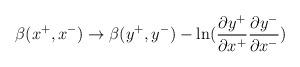
LaTeX: \begin{align*}\beta(x^{+}, x^{-}) \rightarrow \beta(y^{+}, y^{-}) -\ln ({\partial y^{+} \over\partial x^{+}} { \partial y^{-} \over \partial x^{-}})\end{align*}